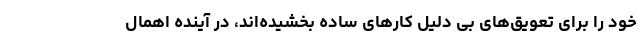
خود را برای تعویق‌های بی دلیل کارهای ساده بخشیده‌اند، در آینده اهمال